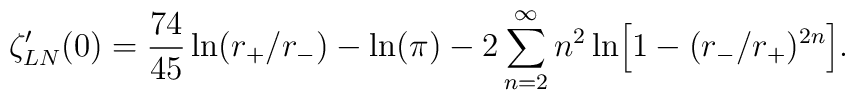
\zeta_{LN}'(0)={74\over 45}\ln(r_{+}/r_{-})-\ln(\pi)-2\sum_{n=2}^{\infty}n^{2}\ln \Bigr[1-(r_{-}/r_{+})^{2n}\Bigr] .